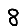
Digit: 8